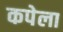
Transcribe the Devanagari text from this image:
कपेला